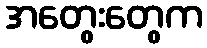
အတွေးတွေက